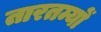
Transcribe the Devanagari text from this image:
तारतम्यों